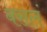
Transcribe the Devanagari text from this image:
बसलं